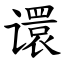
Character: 𫍽